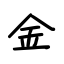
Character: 金